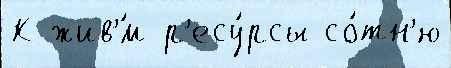
К жив'́м р'есу́рсы со́тн'ю